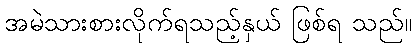
အမဲသားစားလိုက်ရသည့်နှယ် ဖြစ်ရ သည်။